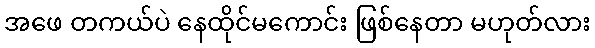
အဖေ တကယ်ပဲ နေထိုင်မကောင်း ဖြစ်နေတာ မဟုတ်လား